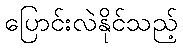
ပြောင်းလဲနိုင်သည့်